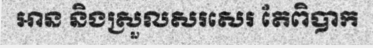
អាន និងស្រួលសរសេរ តែពិបាក